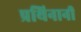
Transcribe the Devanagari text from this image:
प्रथिनानी